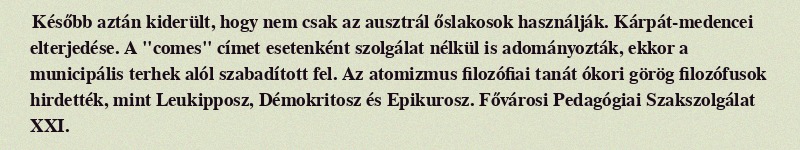
Később aztán kiderült, hogy nem csak az ausztrál őslakosok használják. Kárpát-medencei elterjedése. A "comes" címet esetenként szolgálat nélkül is adományozták, ekkor a municipális terhek alól szabadított fel. Az atomizmus filozófiai tanát ókori görög filozófusok hirdették, mint Leukipposz, Démokritosz és Epikurosz. Fővárosi Pedagógiai Szakszolgálat XXI.